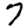
Digit: 7